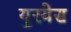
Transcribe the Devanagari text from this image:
युरयेस